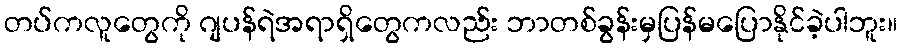
တပ်ကလူတွေကို ဂျပန်ရဲအရာရှိတွေကလည်း ဘာတစ်ခွန်းမှပြန်မပြောနိုင်ခဲ့ပါဘူး။